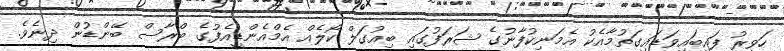
ހަވީރު ފައިބައިވަޑައިގަތުމާއެކު އެމަނިކުފާނުގެ ޝަރަފުގައި ބިއުގަލް ކޯލެއް އެމްއެންޑީއެފުގެ ބްރާސް ބޭންޑުން ދިނެވެ.